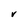
Character: V